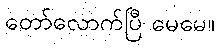
တော်လောက်ပြီ မေမေ။